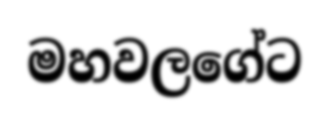
මහවලගේට